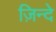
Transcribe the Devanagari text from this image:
ज़िन्दे